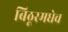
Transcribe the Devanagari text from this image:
बिठूरमधेच